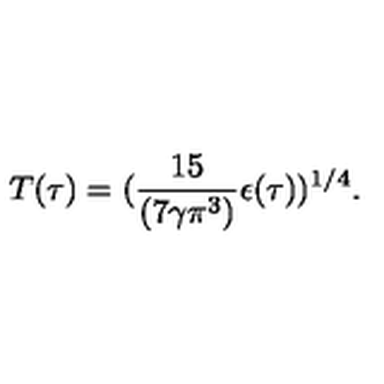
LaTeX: T ( \tau ) = ( { \frac { 1 5 } { ( 7 \gamma \pi ^ { 3 } ) } } { \epsilon ( \tau ) } ) ^ { 1 / 4 } .